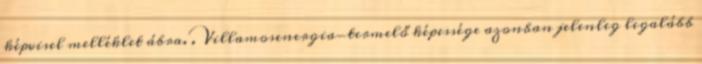
képvisel melléklet ábra. . Villamosenergia-termelő képessége azonban jelenleg legalább